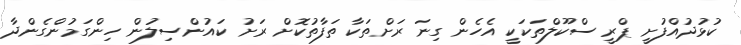
ކުޅުދުއްފުށީ ޕްރީ ސްކޫލްތަކަކީ އެހެން ގިނަ ރަށްތަކާ ތަފާތުކޮށް ރަށު ކައުންސިލުން ހިންގަމުންގެންދާ